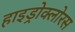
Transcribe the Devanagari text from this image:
हाइड्रोक्लोरस